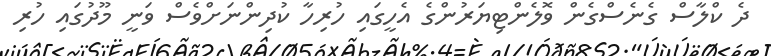
ދެ ކްލާސް ގެނެސްގެން ވޮލެންޓިޔަރުންގެ އެހީގައި ހުރިހާ ކުދިންނަށްވެސް ވަނީ މޫދުގައި ހުރި